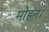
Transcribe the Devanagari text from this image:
मोहन।